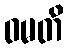
ဝမတိ